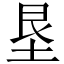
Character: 垦